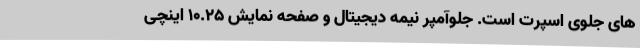
های جلوی اسپرت است. جلوآمپر نیمه دیجیتال و صفحه نمایش 10.25 اینچی